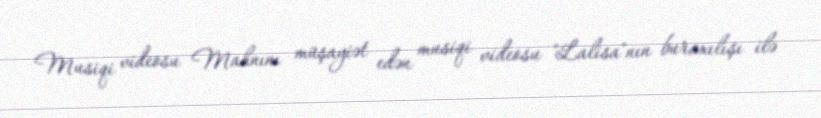
Musiqi videosu Mahnını müşayiət edən musiqi videosu "Lalisa"nın buraxılışı ilə